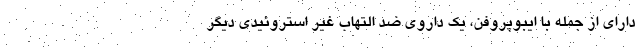
دارای از جمله با ایبوپروفن، یک داروی ضد التهاب غیر استروئیدی دیگر